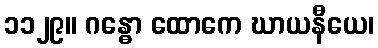
၁၁၂၉။ ဂန္ဓော ထောကေ ဃာယနီယေ၊